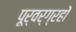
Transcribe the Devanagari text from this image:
पूर्वर्ग्रहों